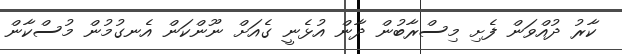
ކާރު ދުއްވަން ފެށި މިސްރާބުން ދާން އުޅެނީ ގެއަށް ނޫންކަން އެނގުމުން މުސްކާން